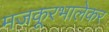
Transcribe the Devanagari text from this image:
मजकूरभालेकर